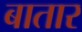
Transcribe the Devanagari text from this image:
बातार